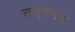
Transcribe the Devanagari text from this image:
लधुगणक